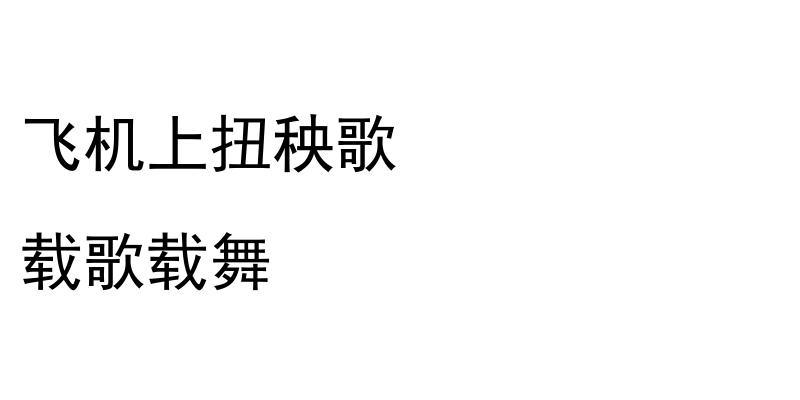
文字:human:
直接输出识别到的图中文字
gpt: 飞机上扭秧歌 载歌载舞